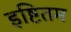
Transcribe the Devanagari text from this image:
इष्टितम